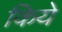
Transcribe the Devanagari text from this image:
किये